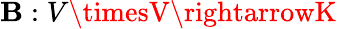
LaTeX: \mathbf{B}:V\timesV\rightarrowK